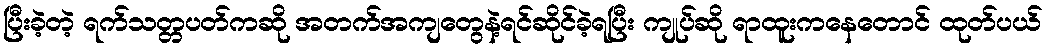
ပြီးခဲ့တဲ့ ရက်သတ္တပတ်ကဆို အတက်အကျတွေနဲ့ရင်ဆိုင်ခဲ့ရပြီး ကျုပ်ဆို ရာထူးကနေတောင် ထုတ်ပယ်